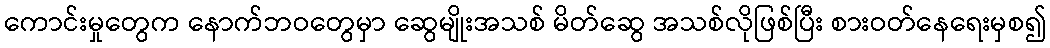
ကောင်းမှုတွေက နောက်ဘဝတွေမှာ ဆွေမျိုးအသစ် မိတ်ဆွေ အသစ်လိုဖြစ်ပြီး စားဝတ်နေရေးမှစ၍